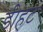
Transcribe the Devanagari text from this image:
डीहंट